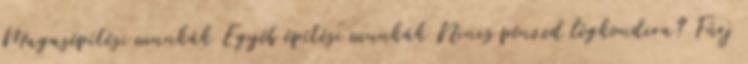
Magasépítési munkák Egyéb építési munkák Nincs pénzed légkondira? Fúrj